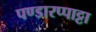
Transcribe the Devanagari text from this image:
पण्डारप्पाट्टा